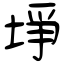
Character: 埩